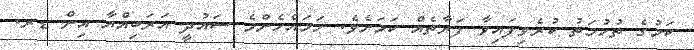
ކަމުގެ ތުހުމަތު ކުރެވިފައިވާ ފަރާތެއް ކަމަށެވެ. ހަމައެހެންމެ ސައުދީ އަރަބިއްޔާ އިން ޑރ.